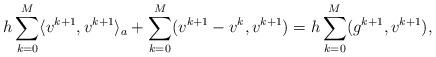
LaTeX: \begin{align*} h\sum_{k=0}^{M}\langle v^{k+1}, v^{k+1}\rangle_a+\sum_{k=0}^{M}(v^{k+1}-v^k,v^{k+1}) =h\sum_{k=0}^{M}(g^{k+1}, v^{k+1}), \end{align*}